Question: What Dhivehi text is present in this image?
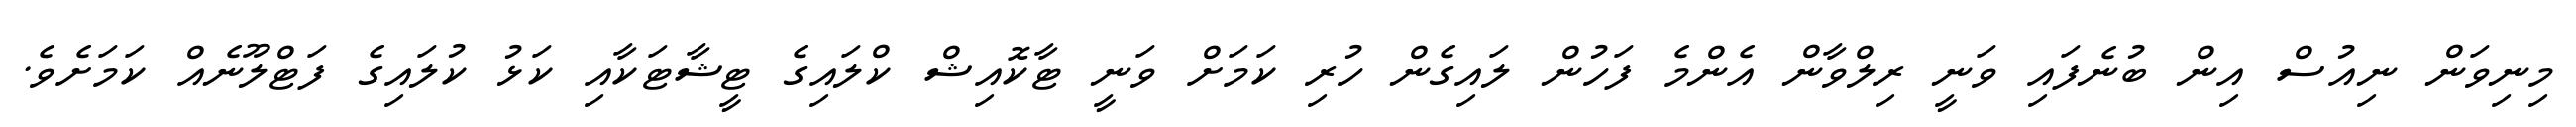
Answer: މިނިވަން ނިއުސް އިން ބުނެފައި ވަނީ ރިލްވާން އެންމެ ފަހުން ލައިގެން ހުރި ކަމަށް ވަނީ ޓާކޮއިޝް ކްލައިގެ ޓީޝާޓަކާއި ކަޅު ކުލައިގެ ފަޓްލޫނެއް ކަމަށެވެ.